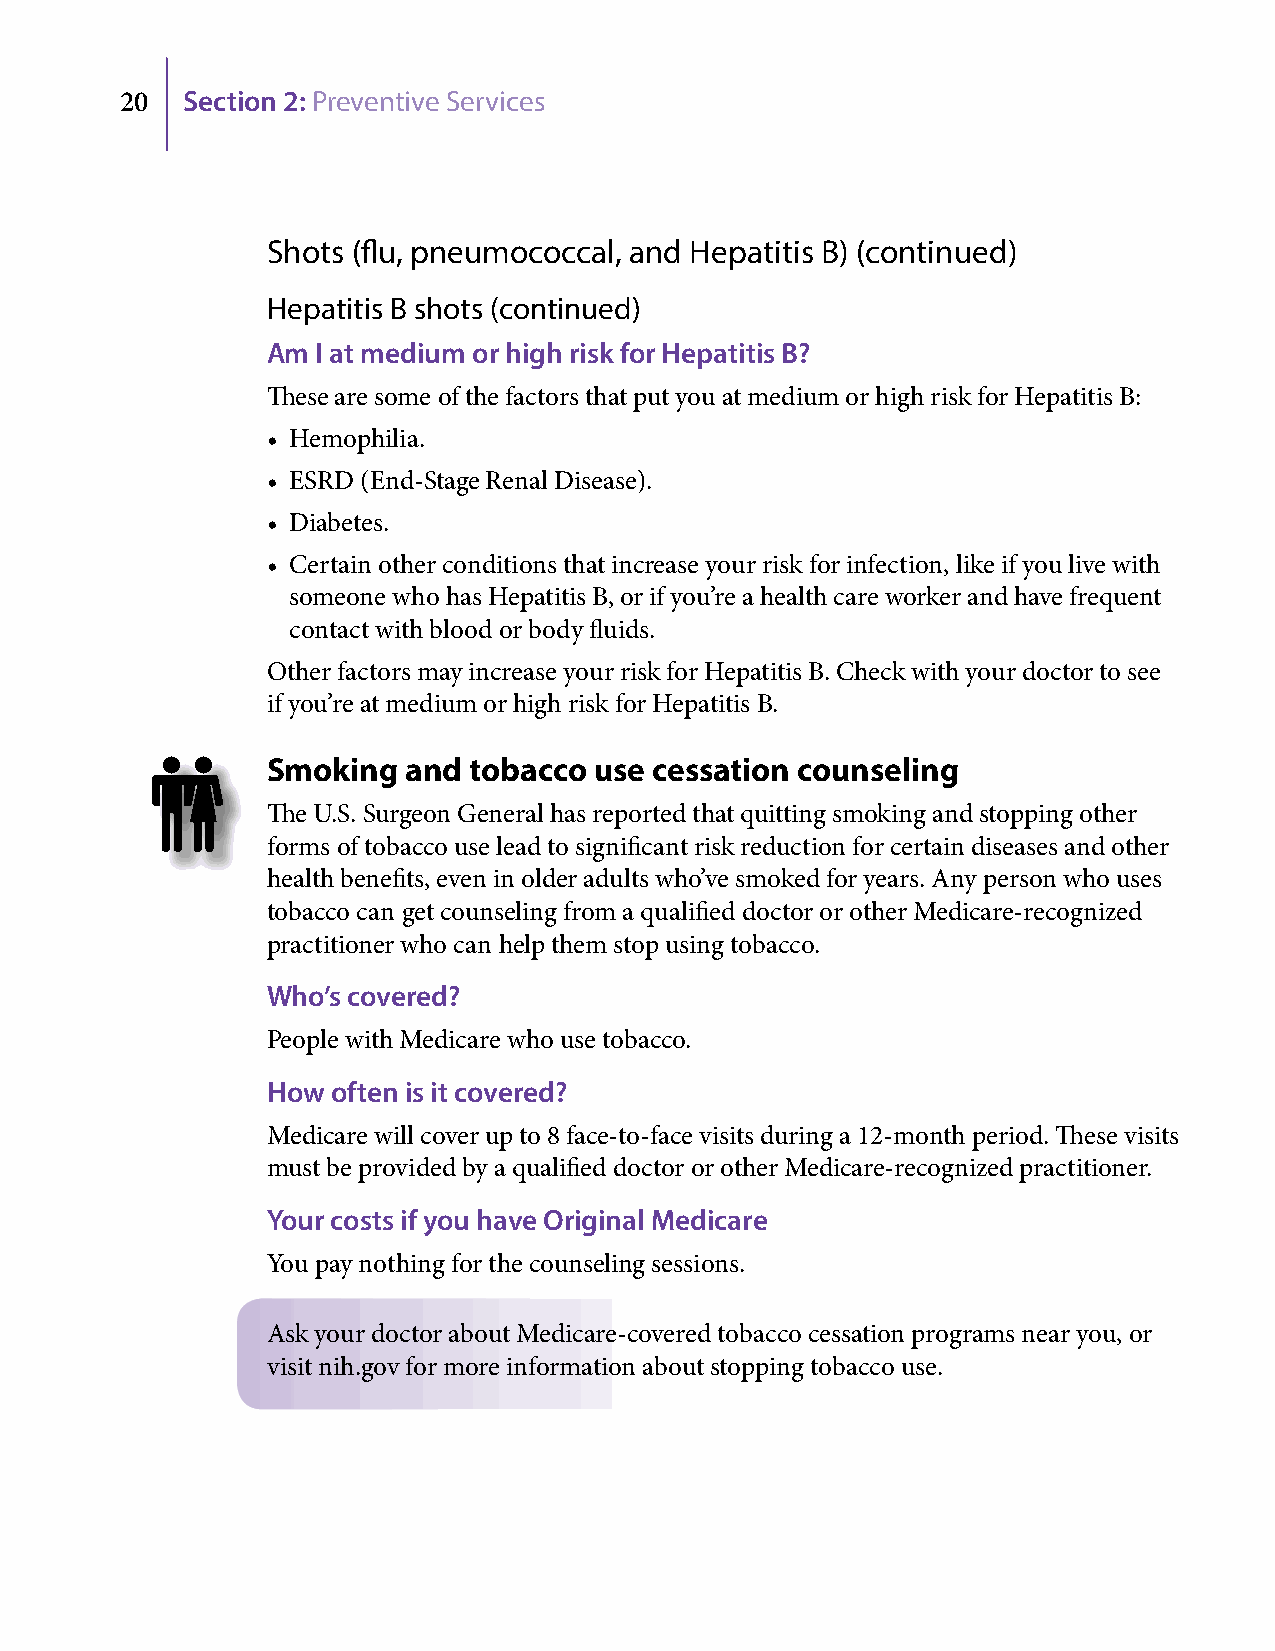
20  Section 2: Preventive Services
 Shots (flu, pneumococcal, and Hepatitis B) (continued)
 Hepatitis B shots (continued)
 Am I at medium or high risk for Hepatitis B?
 These are some of the factors that put you at medium or high risk for Hepatitis B:
 • Hemophilia.
 • ESRD (End-Stage Renal Disease).
 • Diabetes.
 • Certain other conditions that increase your risk for infection, like if you live with
 someone who has Hepatitis B, or if you’re a health care worker and have frequent
 contact with blood or body fluids.
 Other factors may increase your risk for Hepatitis B. Check with your doctor to see
 if you’re at medium or high risk for Hepatitis B.
 Smoking  and tobacco use cessation counseling
 The U.S. Surgeon General has reported that quitting smoking and stopping other
 forms of tobacco use lead to significant risk reduction for certain diseases and other
 health benefits, even in older adults who’ve smoked for years. Any person who uses
 tobacco can get counseling from a qualified doctor or other Medicare-recognized
 practitioner who can help them stop using tobacco.
 Who’s covered?
 People with Medicare who use tobacco.
 How often is it covered?
 Medicare will cover up to 8 face-to-face visits during a 12-month period. These visits
 must be provided by a qualified doctor or other Medicare-recognized practitioner.
 Your costs if you have Original Medicare
 You pay nothing for the counseling sessions.
 Ask your doctor about Medicare-covered tobacco cessation programs near you, or
 visit nih.gov for more information about stopping tobacco use.